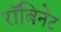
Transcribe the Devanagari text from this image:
रॉबिनेट